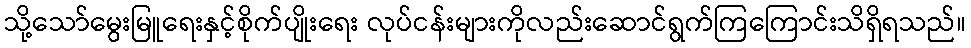
သို့သော်မွေးမြူရေးနှင့်စိုက်ပျိုးရေး လုပ်ငန်းများကိုလည်းဆောင်ရွက်ကြကြောင်းသိရှိရသည်။